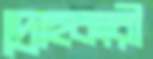
দ্রোহকারী